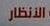
الانظار